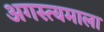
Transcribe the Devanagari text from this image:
अगस्त्यमाला